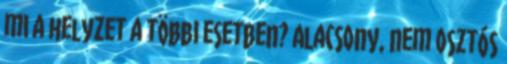
mi a helyzet a többi esetben? Alacsony, nem osztós